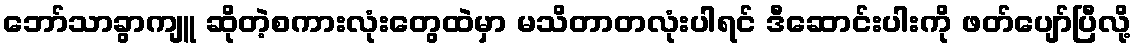
ဘော်သာခွာကျူ ဆိုတဲ့စကားလုံးတွေထဲမှာ မသိတာတလုံးပါရင် ဒီဆောင်းပါးကို ဖတ်ပျော်ပြီလို့